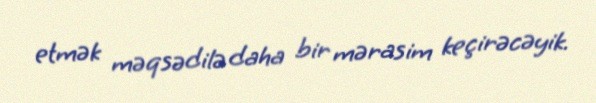
etmək məqsədilə daha bir mərasim keçirəcəyik.